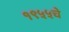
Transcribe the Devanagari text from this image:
१९५५चे